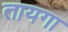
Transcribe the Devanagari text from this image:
तायगा